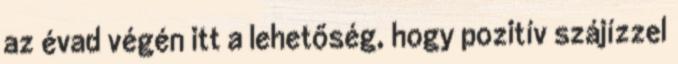
az évad végén itt a lehetőség, hogy pozitív szájízzel